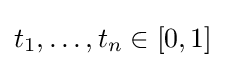
t_{1},\ldots ,t_{n}\in [0,1]